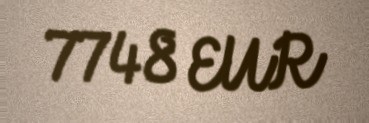
7748 EUR